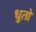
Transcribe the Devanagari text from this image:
धुतो